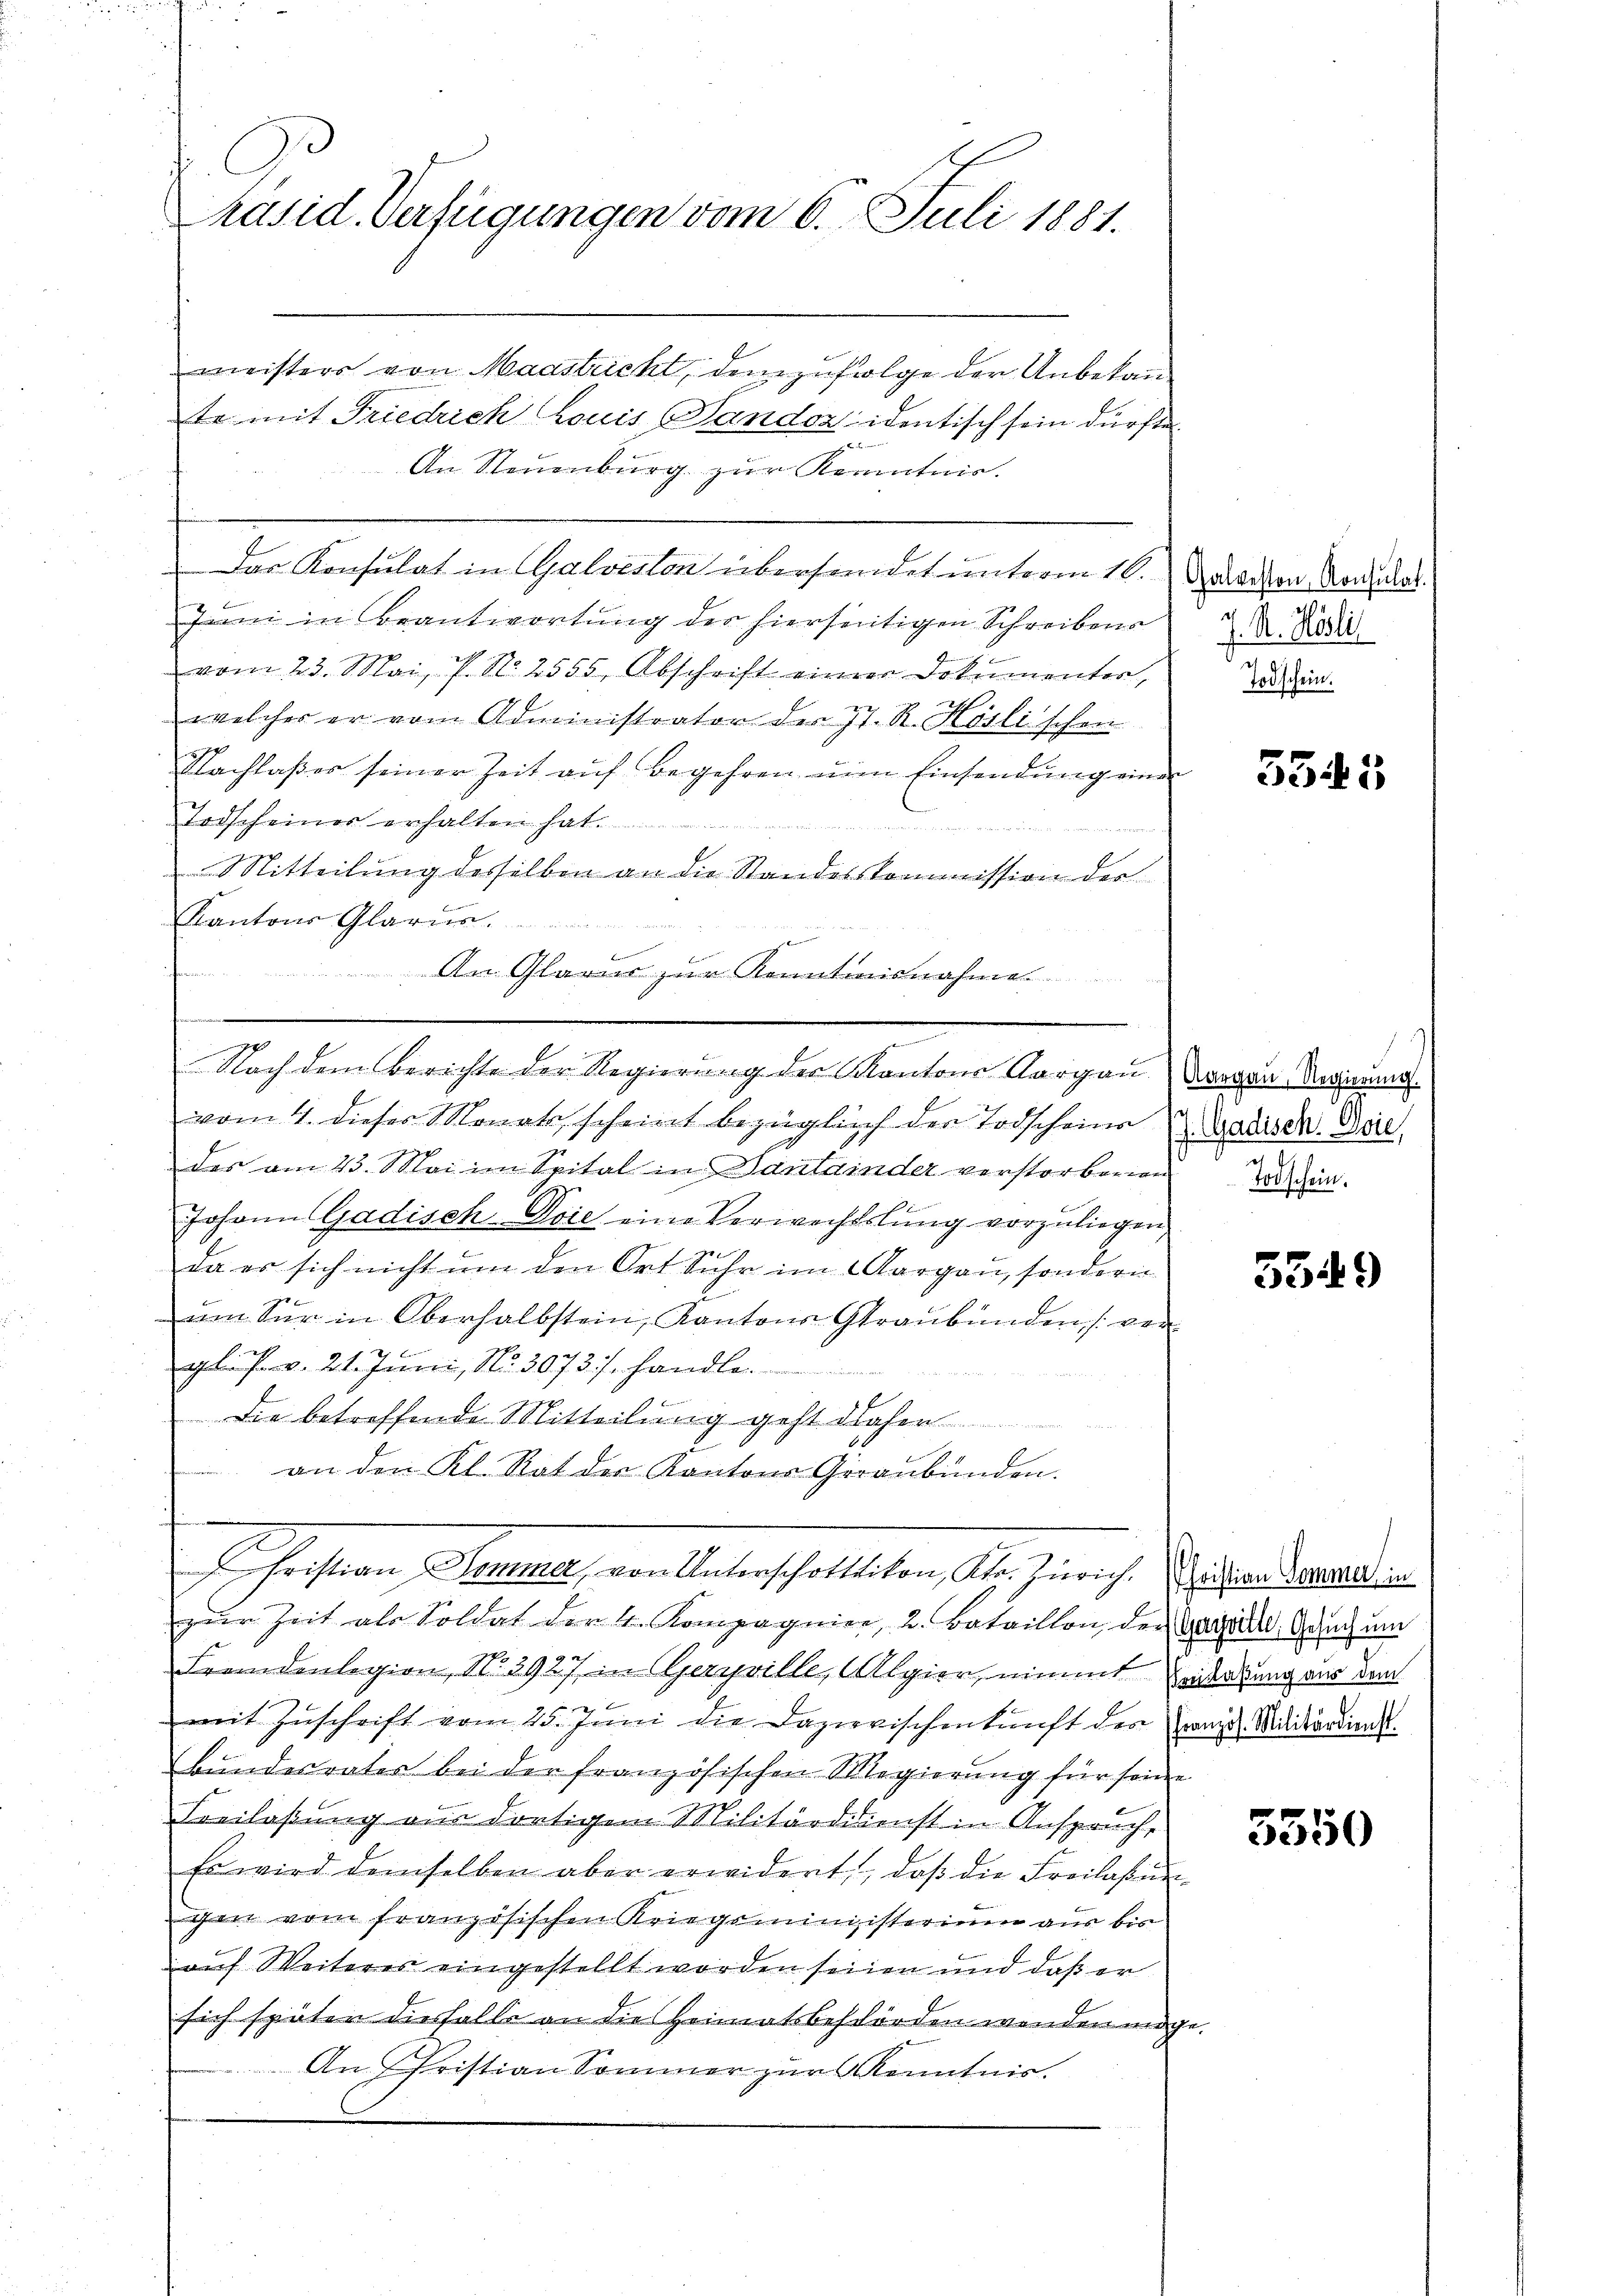
h. C
Präsid. Verfügungen vom 6. Juli 1881.

meisters von Maastricht, dem zufolge der Unbekannte mit Friedrich Louis Sandon identisch sein dürfte.
g
An Steuenburg zur Kenntnis.
Das Konsulat in Galveston überhandet unterm 16.
Juni in Beantwortung des hierseitigen Schreibens
vom 23. Mai, P. N. 2555, Abschrift einen Dokumenter,
welcher er vom Administrator der 77. R. Höslischen
Nachlaβer seiner Zeit aŭf Begehren in Einsendŭng einen
Todscheines erhalten hat.
Mitteilung desselben an die Standeskommission der
Kantons Glarus
t
An Glarus zur Kenntnisnahme
vom 4. dieses Monats, scheint bezüglich der Todscheine u. Badisen. Die
des am 23. Mai im Spital in Santainder verstorbenen Wochen.
Johann Gadisch-Doie eine Verwechslung vorzuliegen,
da es sich nicht um den Ort Suhr im Aargau, sondern
um Sur in Oberhalbstein, Kantons Graubünden ver
glof v. 21. Juni, No. 3073 f. handle.
Die betreffende Mitteilung geht daher
d
 an den Kl. Rat der Kantons Geraubünden.
Ehristian Semmelt, von Unterschaftlichen Aber Zürich, Pestandesandten
zŭr Zeit als Soldat der 4. Kompagnier, 2. Bataillon, der Gerad, Gesuch um
Fremdenlegion, No 3927 in Geryville, Algier, nimmt Zedelung aus dem
x
mit Zuschrift vom 25. Juni die Dazierischenkunft der Franz. Militärdiens¬
Bundesväter bei der französischen Regierung für seine
Freilaßung aus dortigem Militärdienst in Anspruch,
Es wird demselben aber erwidert, daβ die Freilassŭn
ichen vom französischen Kriegsmingisterium aus bis
auf Weiteres eingestellt worden seinen und daß er
sich späten diesfalle an die Heimatsbeschörden wenden mag
An Fristian Sommer zur Kenntnis.

Nach dem Berichte der Regierung der Kantons Aargau, Aargau Regierung

Galveston, Konsulat.
J. R. Hösli
Todschein.

5545

27

5349

3550